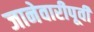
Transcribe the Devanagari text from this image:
जानेवारीपूर्वी